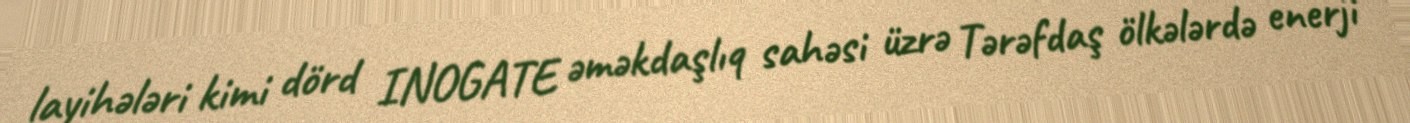
layihələri kimi dörd INOGATE əməkdaşlıq sahəsi üzrə Tərəfdaş ölkələrdə enerji